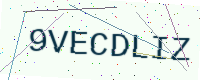
Text: 9VECDLIZ